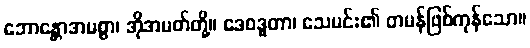
ဘောန္တောအမစ္စာ၊ အိုအမတ်တို့။ ဒေဝဒူတာ၊ သေမင်း၏ တမန်ဖြစ်ကုန်သော။